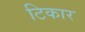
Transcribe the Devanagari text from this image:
टिकार